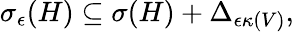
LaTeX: \begin{array}{r}{\sigma_{\epsilon}(H)\subseteq\sigma(H)+\Delta_{\epsilon\kappa(V)},}\end{array}